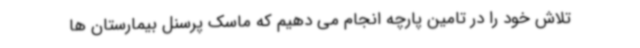
تلاش خود را در تامین پارچه انجام می دهیم که ماسک پرسنل بیمارستان ها